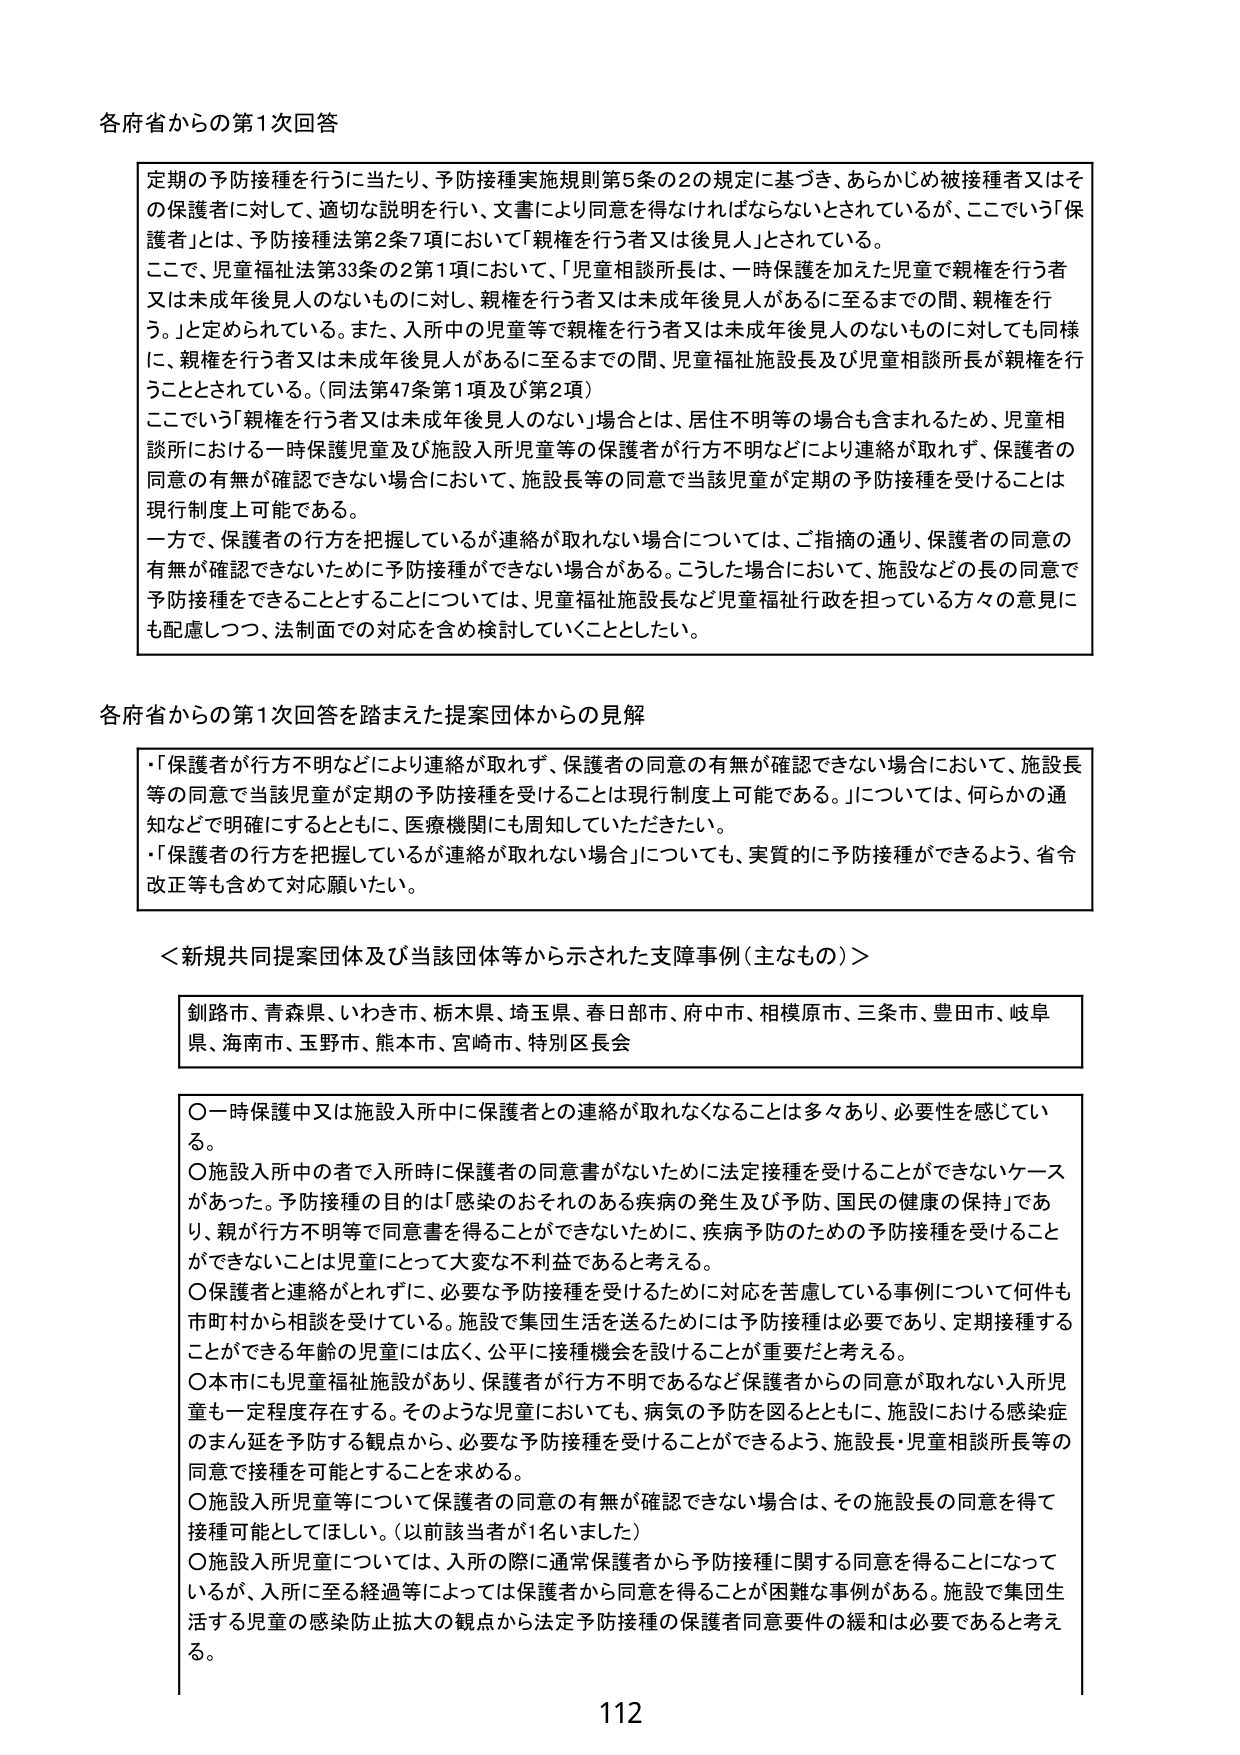
各府省からの第1次回答

定期の予防接種を行うに当たり、予防接種実施規則第5条の2の規定に基づき、あらかじめ被接種者又はその保護者に対して、適切な説明を行い、文書により同意を得なければならないとされているが、ここでいう「保護者」とは、予防接種法第2条7項において「親権を行う者又は後見人」とされている。

ここで、児童福祉法第33条の2第1項において、「児童相談所長は、一時保護を加えた児童で親権を行う者又は未成年後見人のないものに対し、親権を行う者又は未成年後見人があるに至るまでの間、親権を行う。」と定められている。また、入所中の児童等で親権を行う者又は未成年後見人のないものに対しても同様に、親権を行う者又は未成年後見人があるに至るまでの間、児童福祉施設長及び児童相談所長が親権を行うこととされている。（同法第47条第1項及び第2項）

ここでいう「親権を行う者又は未成年後見人のない」場合とは、居住不明等の場合も含まれるため、児童相談所における一時保護児童及び施設入所児童等の保護者が行方不明などにより連絡が取れず、保護者の同意の有無が確認できない場合において、施設長等の同意で当該児童が定期の予防接種を受けることは現行制度上可能である。

一方で、保護者の行方を把握しているが連絡が取れない場合については、ご指摘の通り、保護者の同意の有無が確認できないために予防接種ができない場合がある。こうした場合において、施設などの長の同意で予防接種できることとすることについては、児童福祉施設長など児童福祉行政を担っている方々の意見にも配慮しつつ、法制面での対応を含め検討していくこととした。

各府省からの第1次回答を踏まえた提案団体からの見解

・「保護者が行方不明などにより連絡が取れず、保護者の同意の有無が確認できない場合において、施設長等の同意で当該児童が定期の予防接種を受けることは現行制度上可能である。」については、何らかの通知などで明確にするとともに、医療機関にも周知していただきたい。

・「保護者の行方を把握しているが連絡が取れない場合」についても、実質的に予防接種ができるよう、省令改正等も含めて対応願いたい。

＜新規共同提案団体及び当該団体等から示された支障事例（主なもの）＞

釧路市、青森県、いわき市、栃木県、埼玉県、春日部市、府中市、相模原市、三条市、豊田市、岐阜県、海南市、玉野市、熊本市、宮崎市、特別区長会

○一時保護中又は施設入所中に保護者との連絡が取れなくなることは多くあり、必要性を感じている。

○施設入所中の者で入所時に保護者の同意書がないために法定接種を受けることができないケースがあった。予防接種の目的は「感染のおそれのある疾病の発生及び予防、国民の健康の保持」であり、親が行方不明等で同意書を得ることができないために、疾病予防のための予防接種を受けることができないことは児童にとって大変な不利益であると考える。

○保護者と連絡がとれず、必要な予防接種を受けるために対応を苦慮している事例について何件も市町村から相談を受けている。施設で集団生活を送るためには予防接種は必要であり、定期接種することができる年齢の児童には広く、公平に接種機会を設けることが重要だと考える。

○本市にも児童福祉施設があり、保護者が行方不明であるなど保護者からの同意が取れない入所児童も一定程度存在する。そのような児童においても、病気の予防を図るとともに、施設における感染症のまん延を予防する観点から、必要な予防接種を受けることができるよう、施設長・児童相談所長等の同意で接種を可能とすることを求める。

○施設入所児童等について保護者の同意の有無が確認できない場合は、その施設長の同意を得て接種可能としてほしい。（以前該当者が1名いました）

○施設入所児童については、入所の際に通常保護者から予防接種に関する同意を得ることになっているが、入所に至る経過等によっては保護者から同意を得ることが困難な事例がある。施設で集団生活する児童の感染防止拡大の観点から法定予防接種の保護者同意要件の緩和は必要であると考える。

112